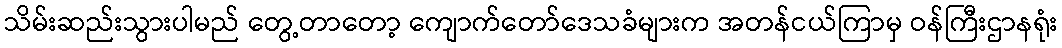
သိမ်းဆည်းသွားပါမည် တွေ့တာတော့ ကျောက်တော်ဒေသခံများက အတန်ငယ်ကြာမှ ဝန်ကြီးဌာနရုံး